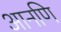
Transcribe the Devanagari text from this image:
आनणि